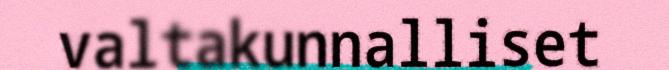
valtakunnalliset